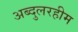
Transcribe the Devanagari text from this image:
अब्दुलरहीम